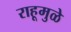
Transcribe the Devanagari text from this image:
राहूमुळे